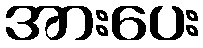
အားပေး